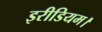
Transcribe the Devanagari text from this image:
इरीडियम।